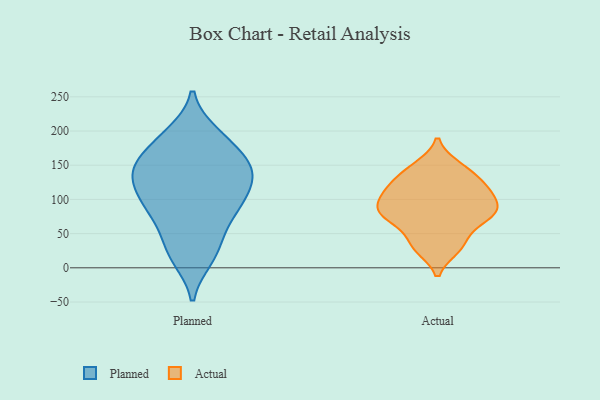
{"axis": {"x": "Operating Costs (USD K)", "y": "Value"}, "legend": ["Actual", "Planned"], "data": [{"x": "", "y": 64, "type": "Planned"}, {"x": "", "y": 100, "type": "Planned"}, {"x": "", "y": 102, "type": "Planned"}, {"x": "", "y": 139, "type": "Planned"}, {"x": "", "y": 147, "type": "Planned"}, {"x": "", "y": 110, "type": "Planned"}, {"x": "", "y": 138, "type": "Planned"}, {"x": "", "y": 189, "type": "Planned"}, {"x": "", "y": 91, "type": "Planned"}, {"x": "", "y": 14, "type": "Planned"}, {"x": "", "y": 38, "type": "Planned"}, {"x": "", "y": 77, "type": "Planned"}, {"x": "", "y": 196, "type": "Planned"}, {"x": "", "y": 184, "type": "Planned"}, {"x": "", "y": 155, "type": "Planned"}, {"x": "", "y": 147, "type": "Planned"}, {"x": "", "y": 18, "type": "Planned"}, {"x": "", "y": 139, "type": "Planned"}, {"x": "", "y": 77, "type": "Actual"}, {"x": "", "y": 29, "type": "Actual"}, {"x": "", "y": 105, "type": "Actual"}, {"x": "", "y": 148, "type": "Actual"}, {"x": "", "y": 87, "type": "Actual"}, {"x": "", "y": 37, "type": "Actual"}, {"x": "", "y": 120, "type": "Actual"}, {"x": "", "y": 135, "type": "Actual"}, {"x": "", "y": 74, "type": "Actual"}, {"x": "", "y": 77, "type": "Actual"}, {"x": "", "y": 108, "type": "Actual"}]}